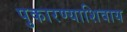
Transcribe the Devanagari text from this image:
पुकारण्याशिवाय